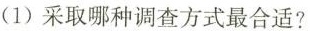
(1)采取哪种调查方式最合适?